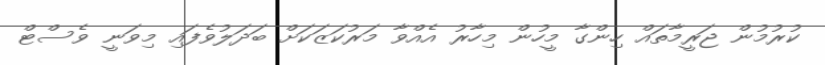
ކުރުމުން ޖަރީމާތައް ހިންގާ މީހުން މިހާރު އެއްވާ މަރުކަޒަކަށް ބަދަލުވެފައި މިވަނީ ވެސްޓް